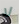
لا